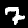
Label: 7